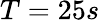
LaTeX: T=25s